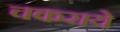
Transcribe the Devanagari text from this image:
चकराये